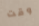
وقت